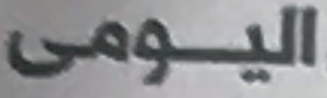
اليومى